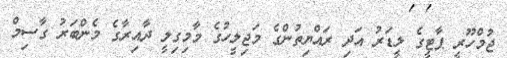
ޖުމްހޫރީ ޕާޓީގެ ލީޑަރު އަދި ރައްޔިތުންގެ މަޖިލީހުގެ މާމިގިލީ ދާއިރާގެ މެންބަރު ގާސިމް